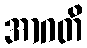
အာဂတိ